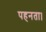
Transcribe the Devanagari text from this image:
पहनता।